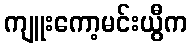
ကျူးကော့မင်းယွီက